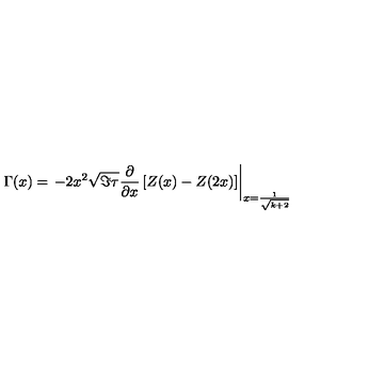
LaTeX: \Gamma ( x ) = \left. - 2 x ^ { 2 } \sqrt { \Im \tau } \frac { \partial } { \partial x } \left[ Z ( x ) - Z ( 2 x ) \right] \right| _ { x = \frac { 1 } { \sqrt { k + 2 } } }